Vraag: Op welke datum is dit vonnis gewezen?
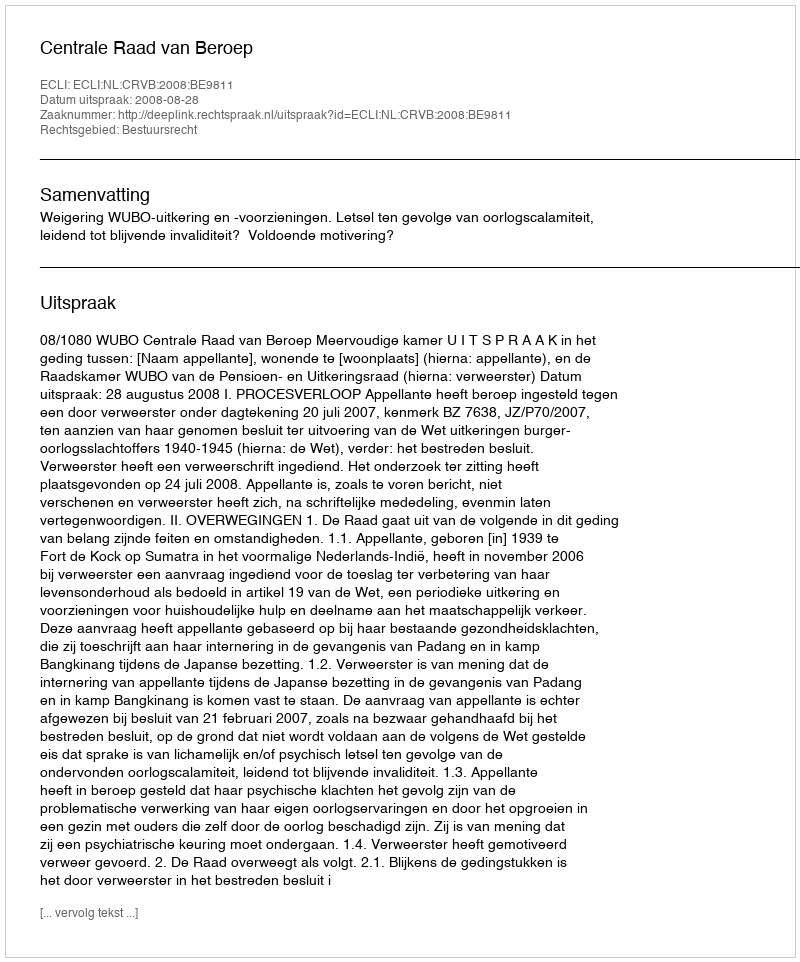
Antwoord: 2008-08-28